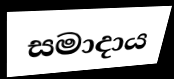
සමාදාය